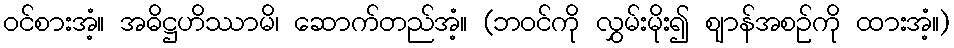
ဝင်စားအံ့။ အဓိဋ္ဌဟိဿာမိ၊ ဆောက်တည်အံ့။ (ဘဝင်ကို လွှမ်းမိုး၍ ဈာန်အစဉ်ကို ထားအံ့။)